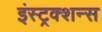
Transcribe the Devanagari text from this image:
इंस्ट्रक्शन्स